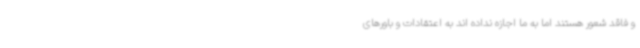
و فاقد شعور هستند اما به ما اجازه نداده اند به اعتقادات و باورهای